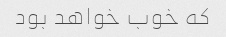
که خوب خواهد بود